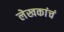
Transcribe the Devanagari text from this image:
लेखकांचं